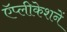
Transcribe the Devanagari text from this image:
ऍप्लीकेशनें